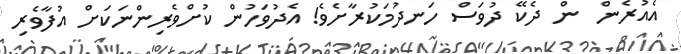
އެއުރެން  ން ދެކޭ ދުވަސް ހަނދުމަކުރާށެވެ! އެދުވަހުން ކުށްވެރިންނަކަށް އުފާވެރި